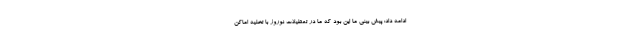
ادامه داد: پیش بینی ما این بود که ما در تعطیلات نوروز با تخلیه اماکن